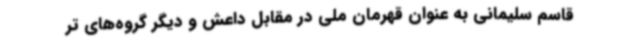
قاسم سلیمانی به عنوان قهرمان ملی در مقابل داعش و دیگر گروه‌های تر